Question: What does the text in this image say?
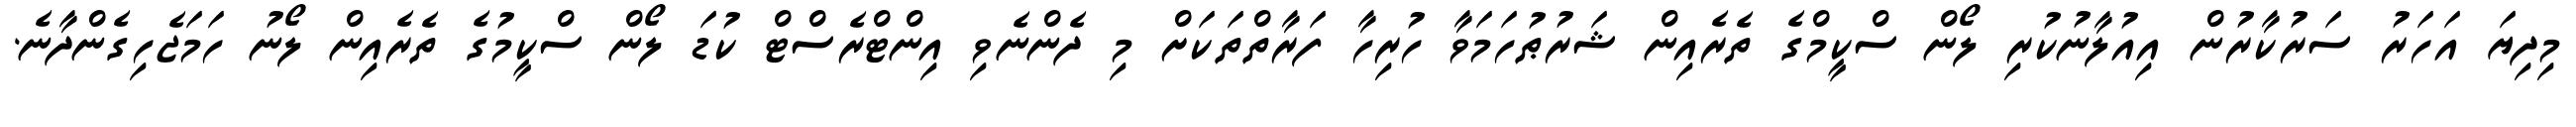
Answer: މިދިޔަ އަހަރު ސަރުކާރުން އިއުލާނުކުރި ލޯން ސްކީމްގެ ތެރެއިން ޝަރުޠުހަމަވާ ހުރިހާ ފަރާތްތަކަށް މި ދެންނެވި އިންޓްރެސްޓް ކުޑަ ލޯން ސްކީމުގެ ތެރެއިން ލޯނު ހަމަޖެހިގެންދާނެ.